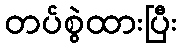
တပ်စွဲထားပြီး